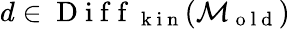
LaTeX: d\in\mathrm{~D~i~f~f~}_{\mathrm{~k~i~n~}}(\mathcal{M}_{\mathrm{~o~l~d~}})